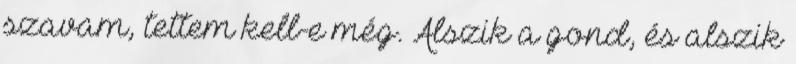
szavam, tettem kell-e még. Alszik a gond, és alszik